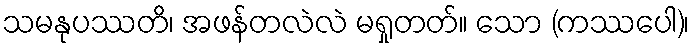
သမနုပဿတိ၊ အဖန်တလဲလဲ မရှုတတ်။ သော (ကဿပေါ)၊